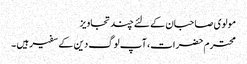
مولوی صاحبان کے لئے چند تجاویز
محترم حضرات، آپ لوگ دین کے سفیر ہیں ۔